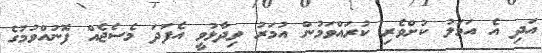
އަދި އެ އަމަލު ކުށްވެރި ކުރައްވަމުން އުމަރު ވިދާޅުވީ އެފަދަ މެސެޖެއް ފޮނުއްވުމުގެ